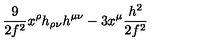
{ \frac { 9 } { 2 f ^ { 2 } } } x ^ { \rho } h _ { \rho \nu } h ^ { \mu \nu } - 3 x ^ { \mu } { \frac { h ^ { 2 } } { 2 f ^ { 2 } } }